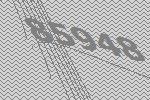
85948